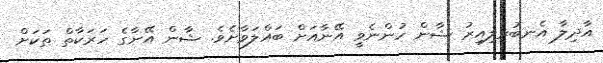
އާދިލާ އެނބުރިލިއިރު ޝާން ހުންނެވީ އޭނާއަށް ބައްލަވާށެވެ. ޝާން އޭނާގެ ހަރަކާތް ތަކަށް